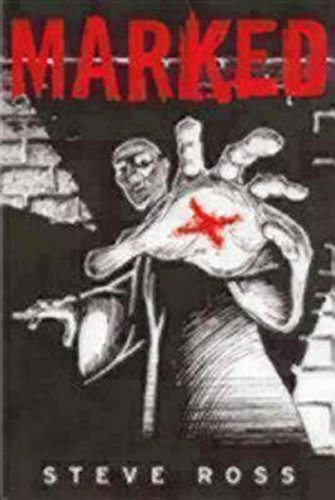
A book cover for Marked; Steve Ross; Comics & Graphic Novels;